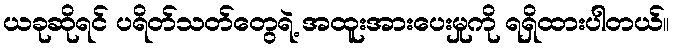
ယခုဆိုရင် ပရိတ်သတ်တွေရဲ့ အထူးအားပေးမှုကို ရရှိထားပါတယ်။